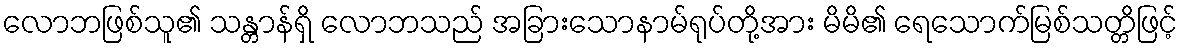
လောဘဖြစ်သူ၏ သန္တာန်ရှိ လောဘသည် အခြားသောနာမ်ရုပ်တို့အား မိမိ၏ ရေသောက်မြစ်သတ္တိဖြင့်